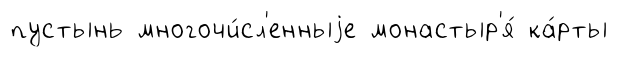
пустынь многочи́сл'енныjе монастыр'я́ ка́рты